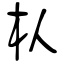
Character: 朲